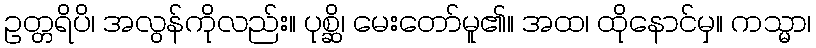
ဥတ္တရိပိ၊ အလွန်ကိုလည်း။ ပုစ္ဆိ၊ မေးတော်မူ၏။ အထ၊ ထိုနောင်မှ။ ကသ္မာ၊